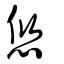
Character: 悠